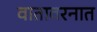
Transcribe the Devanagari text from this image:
वातावरनात